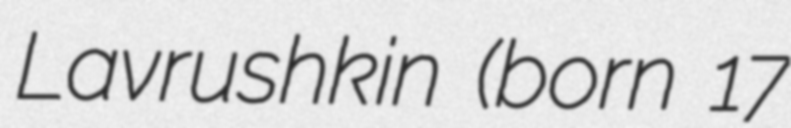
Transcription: Lavrushkin (born 17